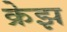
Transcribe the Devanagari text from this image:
क्रेझ